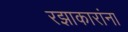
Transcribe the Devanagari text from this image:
रझाकारांना